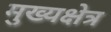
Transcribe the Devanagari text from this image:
मुख्यक्षेत्र